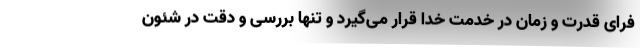
فرای قدرت و زمان در خدمت خدا قرار می‌گیرد و تنها بررسی و دقت در شئون